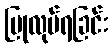
ပြုလုပ်ရခြင်း